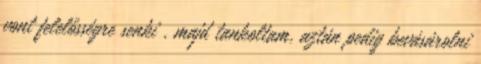
vont felelősségre senki , majd tankoltam, aztán pedig bevásárolni